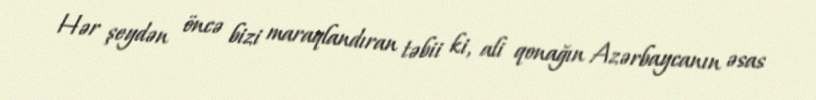
Hər şeydən öncə bizi maraqlandıran təbii ki, ali qonağın Azərbaycanın əsas